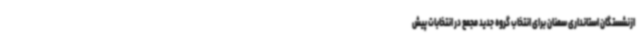
ازنشستگان استانداری سمنان برای انتخاب گروه جدید مجمع در انتخابات پیش